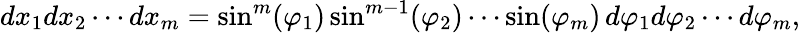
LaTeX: dx_{1}dx_{2}\cdots dx_{m}=\sin^{m}(\varphi_{1})\sin^{m-1}(\varphi_{2})\cdots\sin(\varphi_{m})\, d\varphi_{1}d\varphi_{2}\cdots d\varphi_{m},